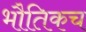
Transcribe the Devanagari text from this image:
भौतिकच